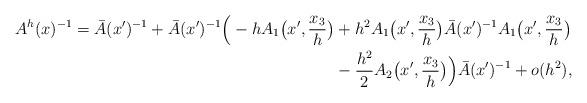
LaTeX: \begin{align*}A^h(x)^{-1} = \bar A(x')^{-1} + \bar A(x')^{-1}\Big(-hA_1\big(x', \frac{x_3}{h}\big) &+ h^2 A_1\big(x', \frac{x_3}{h}\big) \bar A(x')^{-1}A_1\big(x', \frac{x_3}{h}\big) \\ & -\frac{h^2}{2}A_2\big(x',\frac{x_3}{h}\big)\Big) \bar A(x')^{-1} + o(h^2), \end{align*}